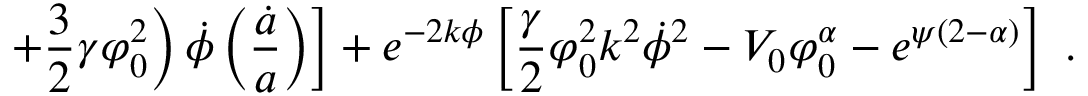
\ \ \left. \left. + \frac { 3 } { 2 } \gamma \varphi _ { 0 } ^ { 2 } \right) \dot { \phi } \left( \frac { \dot { a } } { a } \right) \right] + e ^ { - 2 k \phi } \left[ \frac { \gamma } { 2 } \varphi _ { 0 } ^ { 2 } k ^ { 2 } \dot { \phi } ^ { 2 } - V _ { 0 } \varphi _ { 0 } ^ { \alpha } - e ^ { \psi ( 2 - \alpha ) } \right] \ .